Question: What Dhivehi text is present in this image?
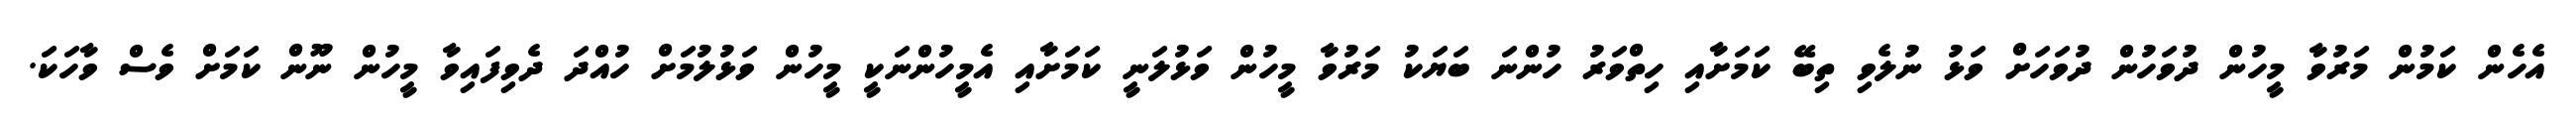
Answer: އެހެން ކަމުން މަރުވާ މީހުން ދުވަހުން ދުވަހަށް ވަޅު ނުލެވި ތިބޭ ކަމަށާއި ހިތްވަރު ހުންނަ ބަޔަކު މަރުވާ މީހުން ވަޅުލަނީ ކަމަށާއި އެމީހުންނަކީ މީހުން ވަޅުލުމަށް ހުއްދަ ދެވިފައިވާ މީހުން ނޫން ކަމަށް ވެސް ވާހަކަ.